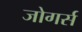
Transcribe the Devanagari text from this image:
जोगर्स